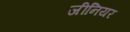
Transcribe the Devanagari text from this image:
जीनियर